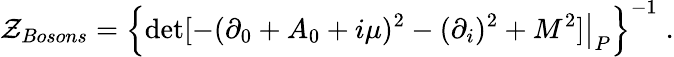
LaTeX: {\cal Z}_{Bosons}=\left\{ \left.\operatorname*{det}[-(\partial_{0}+A_{0}+i\mu)^{2}-(\partial_{i})^{2}+M^{2}]\right|_{P}\right\} ^{-1}\; .